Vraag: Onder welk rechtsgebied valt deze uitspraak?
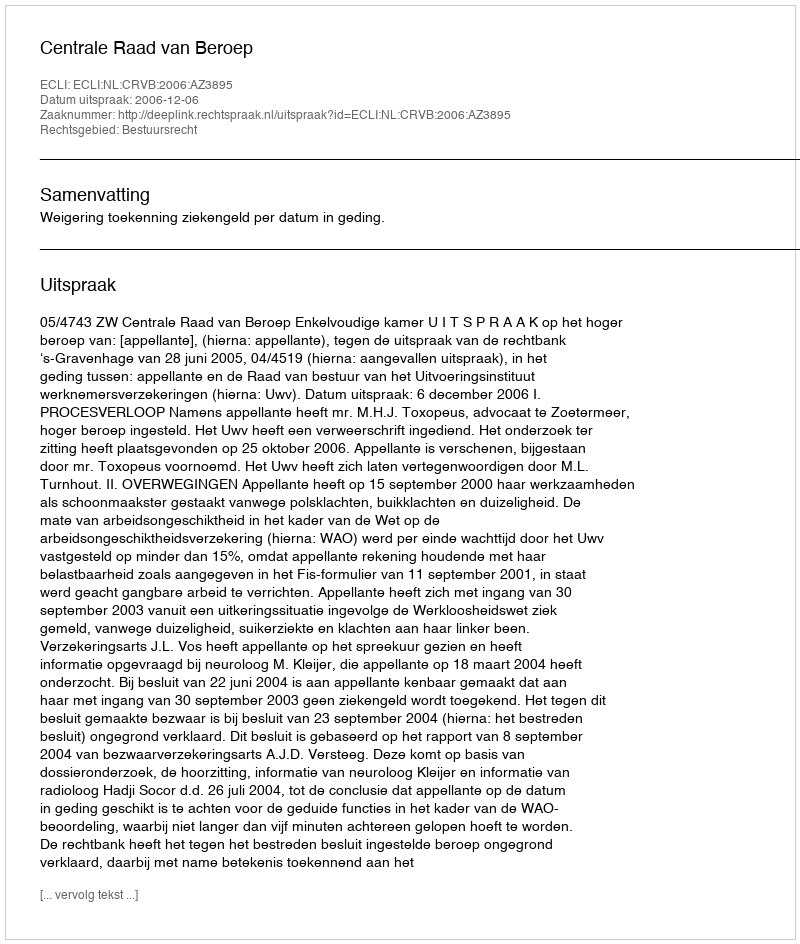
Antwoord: Bestuursrecht